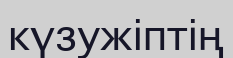
күзужіптің